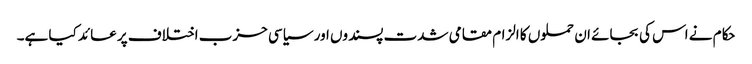
حکام نے اس کی بجائے ان حملوں کا الزام مقامی شدت پسندوں اور سیاسی حزب اختلاف پر عائد کیا ہے۔